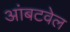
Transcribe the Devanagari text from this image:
आंबटवेल